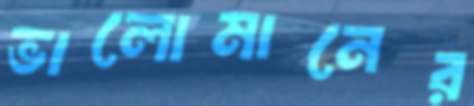
ভালোমানের